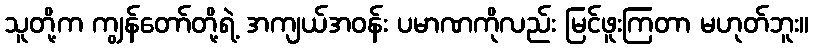
သူတို့က ကျွန်တော်တို့ရဲ့ အကျယ်အဝန်း ပမာဏကိုလည်း မြင်ဖူးကြတာ မဟုတ်ဘူး။